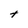
Character: t